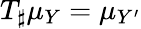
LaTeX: T_{\sharp}\mu_{Y}=\mu_{Y^{\prime}}